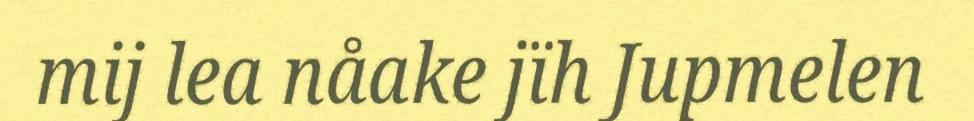
mij lea nåake jïh Jupmelen